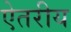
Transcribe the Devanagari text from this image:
ऐतरीय